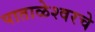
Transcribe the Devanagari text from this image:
पाताळेश्वरचे